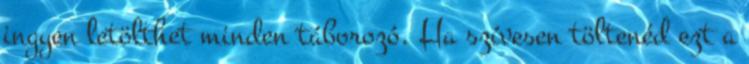
ingyen letölthet minden táborozó. Ha szívesen töltenéd ezt a